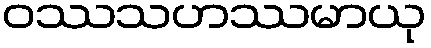
ဝဿသဟဿမာယု